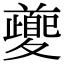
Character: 𭐱